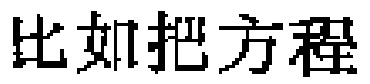
比如把方程